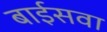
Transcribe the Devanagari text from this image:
बाईसवा